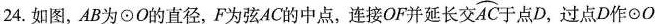
24.如图，AB为\odot O的直径，F为弦AC的中点，连接OF并延长交\stackrel\frown{AC}点D，过点D作\odot O